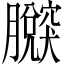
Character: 𦢴